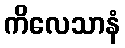
ကိလေသာနံ